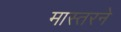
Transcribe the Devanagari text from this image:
मास्तरने